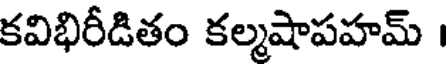
కవిభిరీడితం కల్మషాపహమ్ ।